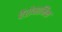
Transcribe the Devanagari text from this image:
पैरोनामिक